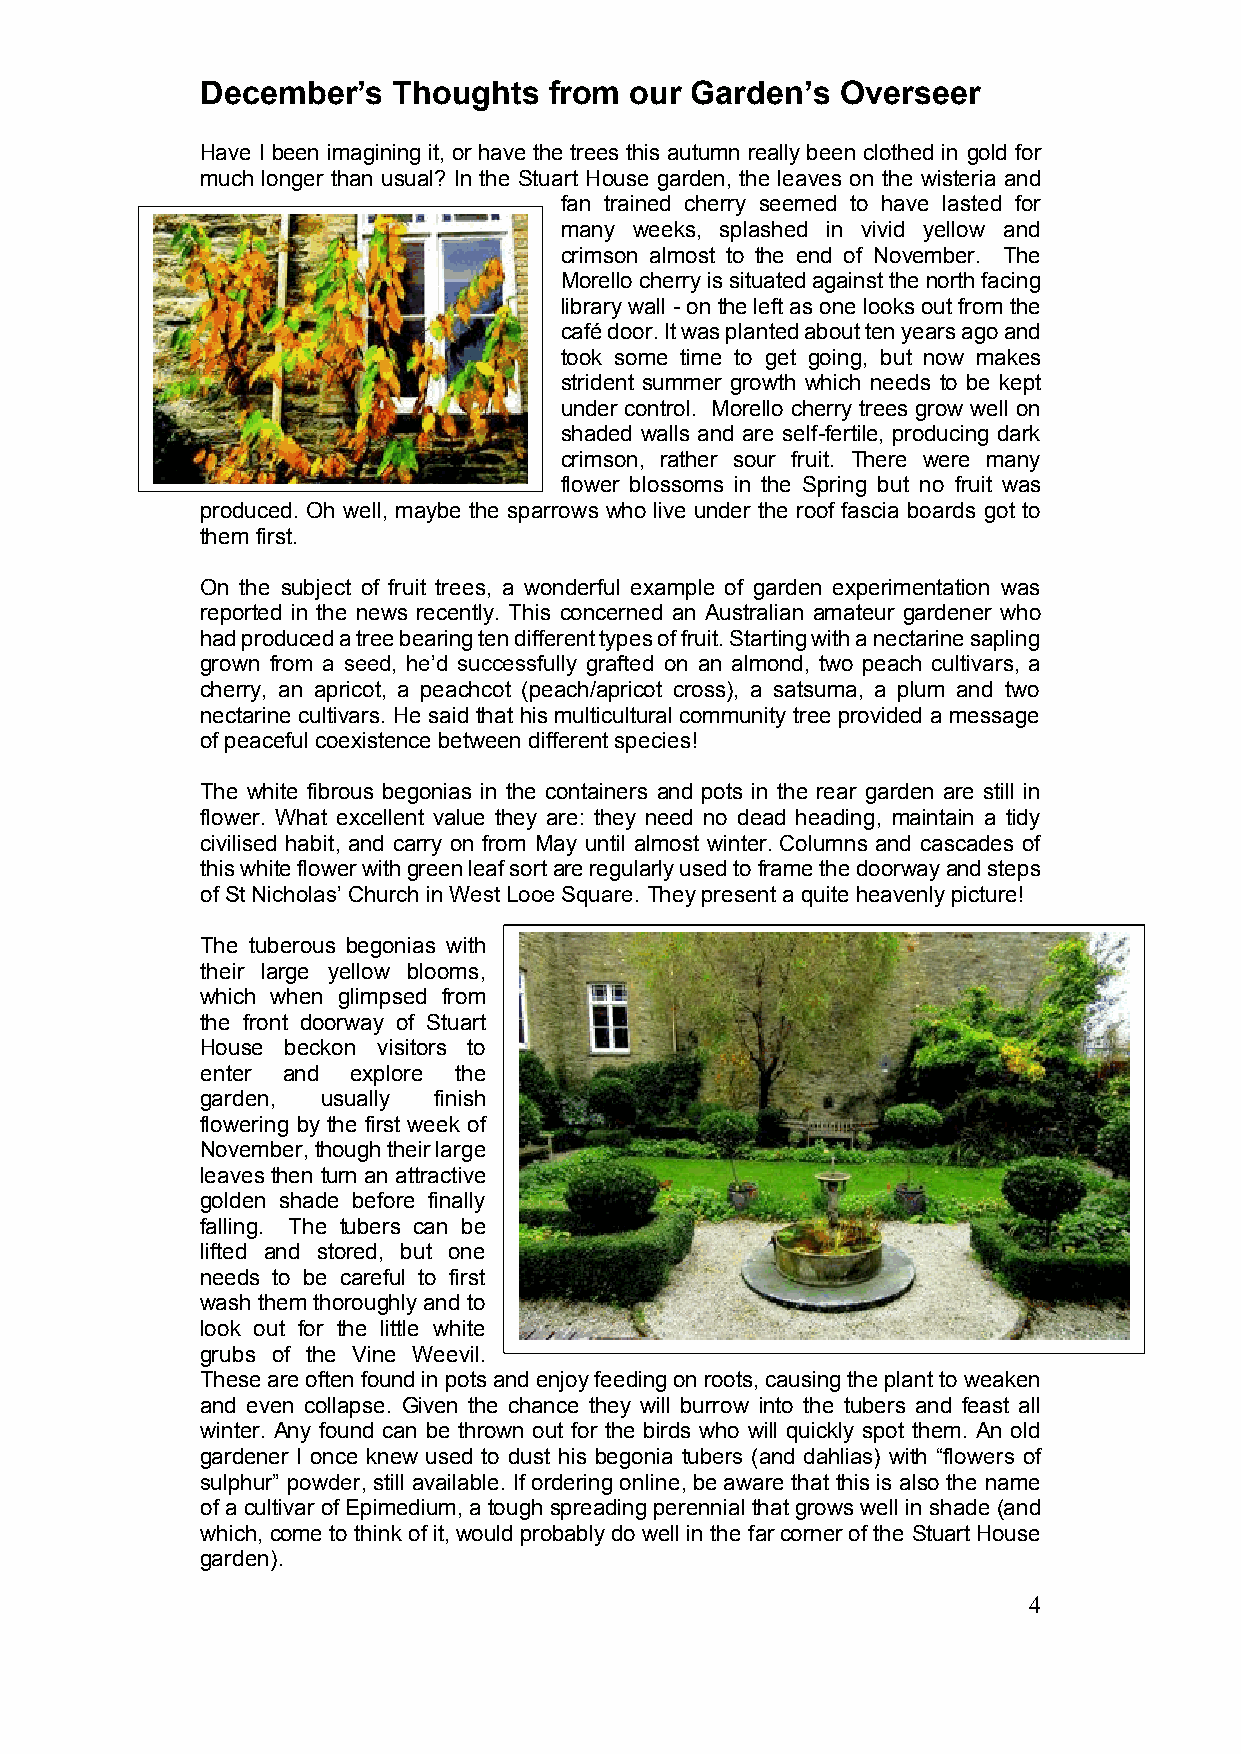
December’s   Thoughts  from  our Garden’s  Overseer
 Have I been imagining it, or have the trees this autumn really been clothed in gold for
 much longer than usual? In the Stuart House garden, the leaves on the wisteria and
 fan trained cherry seemed to have lasted for
 many weeks, splashed in vivid yellow and
 crimson almost to the end of November. The
 Morello cherry is situated against the north facing
 library wall - on the left as one looks out from the
 café door. It was planted about ten years ago and
 took some time to get going, but now makes
 strident summer growth which needs to be kept
 under control. Morello cherry trees grow well on
 shaded walls and are self-fertile, producing dark
 crimson, rather sour fruit. There were many
 flower blossoms in the Spring but no fruit was
 produced. Oh well, maybe the sparrows who live under the roof fascia boards got to
 them first.
 On the subject of fruit trees, a wonderful example of garden experimentation was
 reported in the news recently. This concerned an Australian amateur gardener who
 had produced a tree bearing ten different types of fruit. Starting with a nectarine sapling
 grown from a seed, he’d successfully grafted on an almond, two peach cultivars, a
 cherry, an apricot, a peachcot (peach/apricot cross), a satsuma, a plum and two
 nectarine cultivars. He said that his multicultural community tree provided a message
 of peaceful coexistence between different species!
 The white fibrous begonias in the containers and pots in the rear garden are still in
 flower. What excellent value they are: they need no dead heading, maintain a tidy
 civilised habit, and carry on from May until almost winter. Columns and cascades of
 this white flower with green leaf sort are regularly used to frame the doorway and steps
 of St Nicholas’ Church in West Looe Square. They present a quite heavenly picture!
 The tuberous begonias with
 their large yellow blooms,
 which when glimpsed from
 the front doorway of Stuart
 House beckon visitors to
 enter and explore the
 garden, usually finish
 flowering by the first week of
 November, though their large
 leaves then turn an attractive
 golden shade before finally
 falling. The tubers can be
 lifted and stored, but one
 needs to be careful to first
 wash them thoroughly and to
 look out for the little white
 grubs of the Vine Weevil.
 These are often found in pots and enjoy feeding on roots, causing the plant to weaken
 and even collapse. Given the chance they will burrow into the tubers and feast all
 winter. Any found can be thrown out for the birds who will quickly spot them. An old
 gardener I once knew used to dust his begonia tubers (and dahlias) with “flowers of
 sulphur” powder, still available. If ordering online, be aware that this is also the name
 of a cultivar of Epimedium, a tough spreading perennial that grows well in shade (and
 which, come to think of it, would probably do well in the far corner of the Stuart House
 garden).
 4